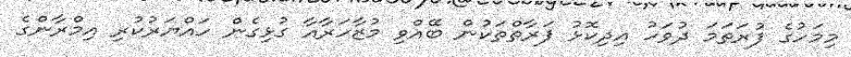
މިމަހުގެ ފުރަތަމަ ދުވަހު އިދިކޮޅު ފަރާތްތަކުން ބޭއްވި މުޒާހަރާއާ ގުޅިގެން ހައްޔަރުކުރި އިމްރާންގެ